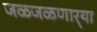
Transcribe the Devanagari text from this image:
जळजळणार्‍या